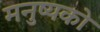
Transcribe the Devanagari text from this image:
मनुष्यको